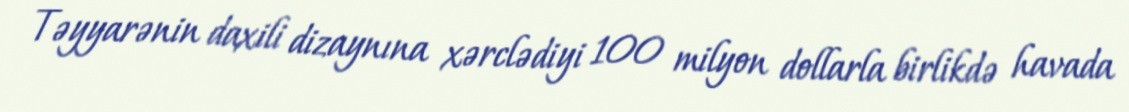
Təyyarənin daxili dizaynına xərclədiyi 100 milyon dollarla birlikdə havada